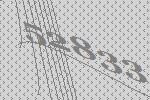
52833